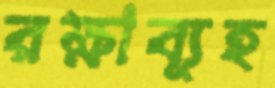
রক্ষাব্যূহ